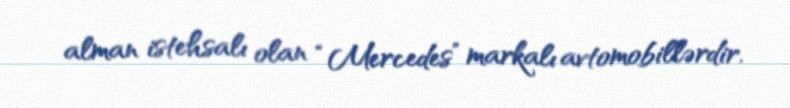
alman istehsalı olan “Mercedes” markalı avtomobillərdir.